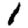
Digit: 1